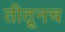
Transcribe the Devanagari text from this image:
तीतूनच